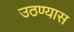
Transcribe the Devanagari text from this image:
उठण्यास